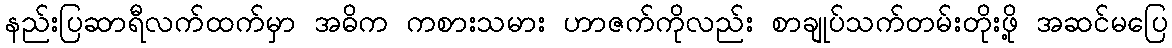
နည်းပြဆာရီလက်ထက်မှာ အဓိက ကစားသမား ဟာဇက်ကိုလည်း စာချုပ်သက်တမ်းတိုးဖို့ အဆင်မပြေ